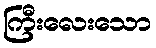
ကြီးလေးသော